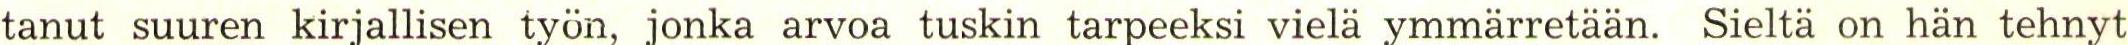
tanut suuren kirjallisen työn, jonka arvoa tuskin tarpeeksi vielä ymmärretään. Sieltä on hän tehnyt